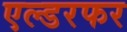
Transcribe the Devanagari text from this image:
एल्डरफर